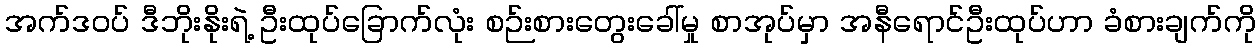
အက်ဒဝပ် ဒီဘိုးနိုးရဲ့ ဦးထုပ်ခြောက်လုံး စဉ်းစားတွေးခေါ်မှု စာအုပ်မှာ အနီရောင်ဦးထုပ်ဟာ ခံစားချက်ကို